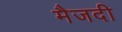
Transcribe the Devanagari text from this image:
मैजदी